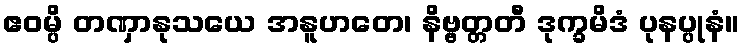
ဧဝမ္ပိ တဏှာနုသယေ အနူဟတေ၊ နိဗ္ဗတ္တတီ ဒုက္ခမိဒံ ပုနပ္ပုနံ။